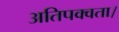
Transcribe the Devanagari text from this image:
अतिपक्वता।